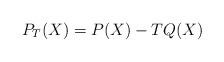
LaTeX: \begin{align*}P_T(X)=P(X)-TQ(X)\end{align*}